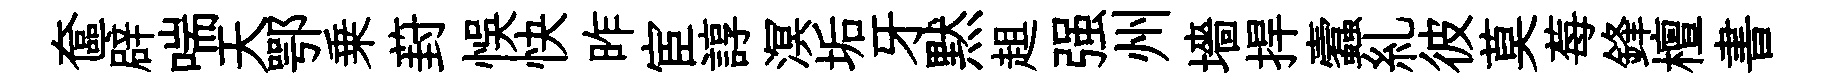
奩辟喘天鄂乗葑悞快昨宦諄溟垢牙黙趄强州墻捍蠧糺彼莫莓鋒檀書